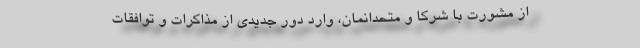
از مشورت با شرکا و متحدانمان، وارد دور جدیدی از مذاکرات و توافقات